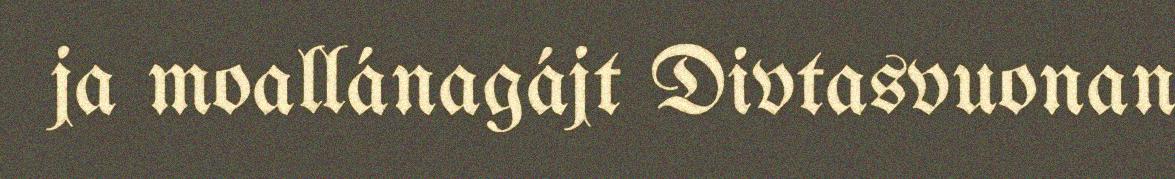
ja moallánagájt Divtasvuonan